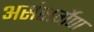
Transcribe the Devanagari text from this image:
असंसर्गेण